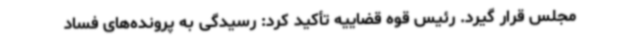
مجلس قرار گیرد. رئیس قوه قضاییه تأکید کرد: رسیدگی به پرونده‌های فساد